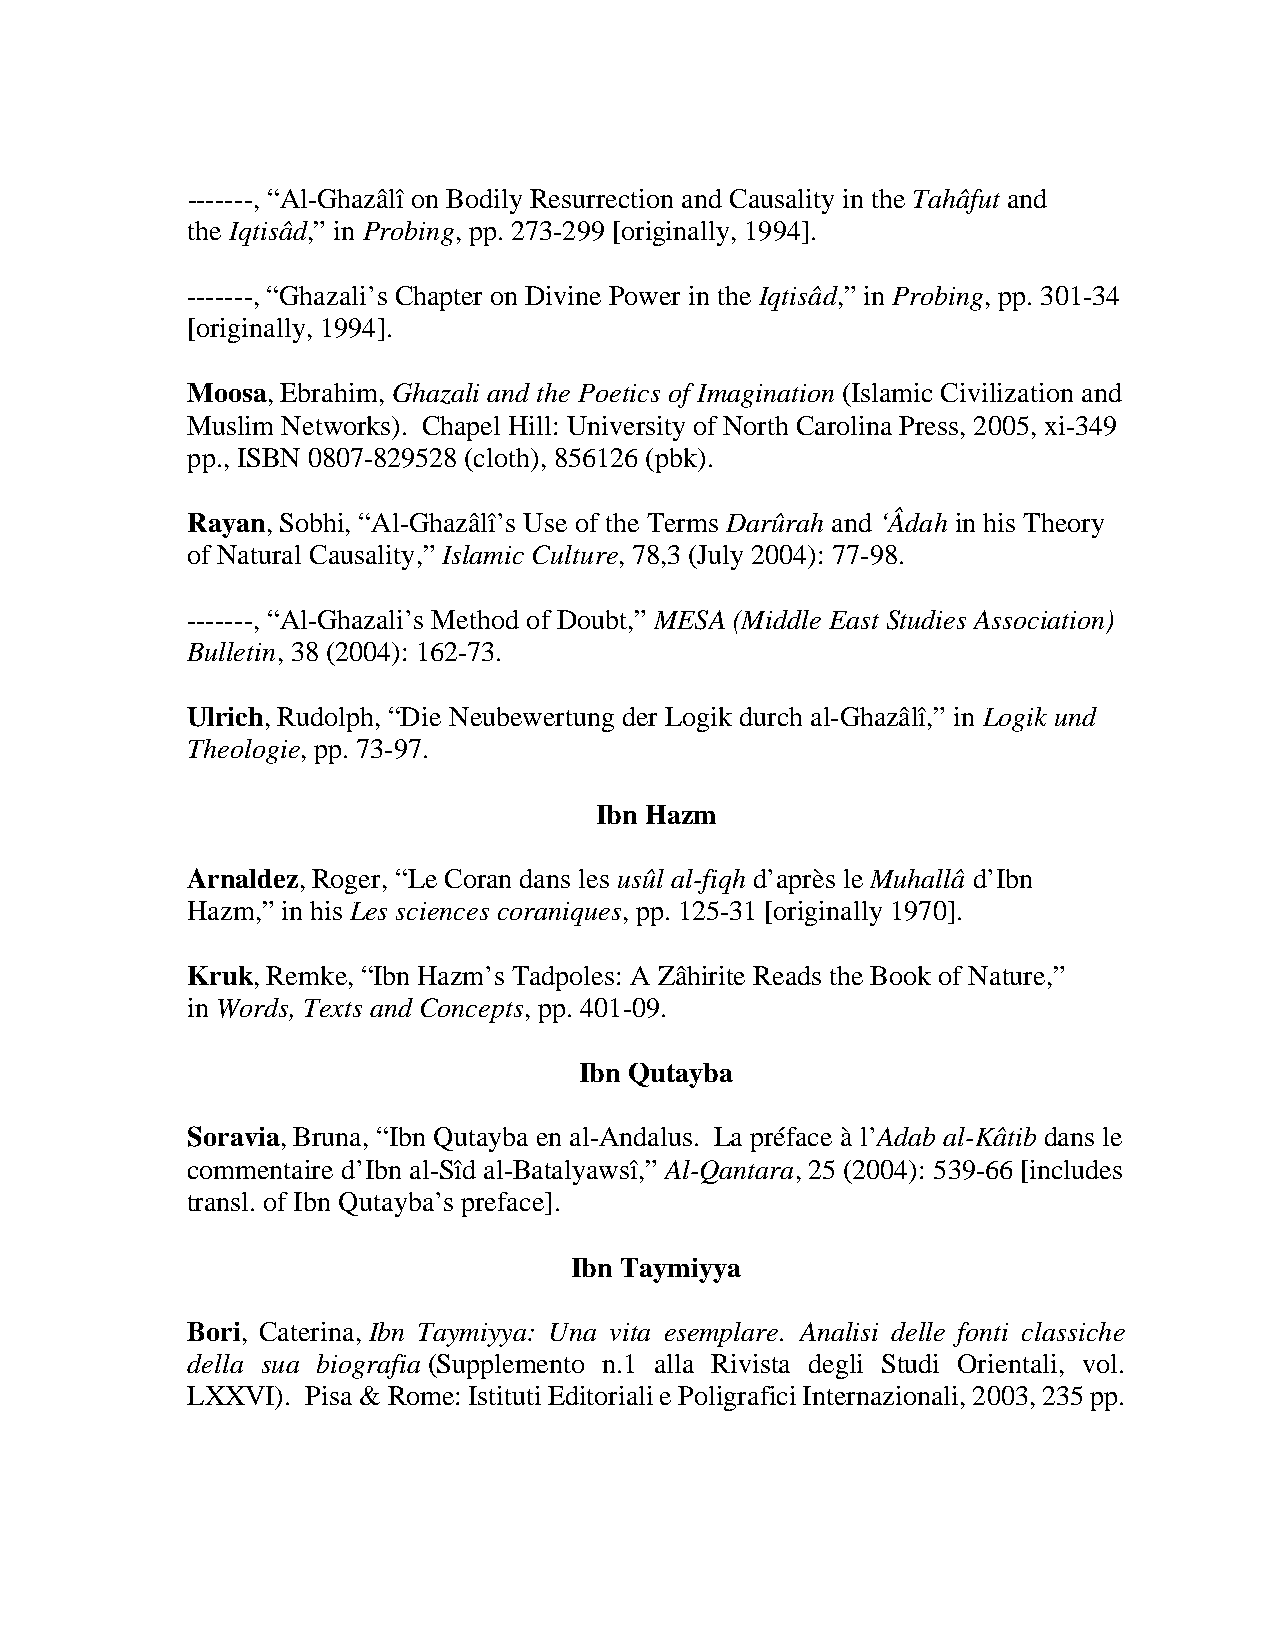
-------, “Al-Ghazâlî on Bodily Resurrection and Causality in the Tahâfut and
 the Iqtisâd,” in Probing, pp. 273-299 [originally, 1994].
 -------, “Ghazali’s Chapter on Divine Power in the Iqtisâd,” in Probing, pp. 301-34
 [originally, 1994].
 Moosa, Ebrahim, Ghazali and the Poetics of Imagination (Islamic Civilization and
 Muslim Networks). Chapel Hill: University of North Carolina Press, 2005, xi-349
 pp., ISBN 0807-829528 (cloth), 856126 (pbk).
 Rayan, Sobhi, “Al-Ghazâlî’s Use of the Terms Darûrah and ‘Âdah in his Theory
 of Natural Causality,” Islamic Culture, 78,3 (July 2004): 77-98.
 -------, “Al-Ghazali’s Method of Doubt,” MESA (Middle East Studies Association)
 Bulletin, 38 (2004): 162-73.
 Ulrich, Rudolph, “Die Neubewertung der Logik durch al-Ghazâlî,” in Logik und
 Theologie, pp. 73-97.
 Ibn Hazm
 Arnaldez, Roger, “Le Coran dans les usûl al-fiqh d’après le Muhallâ d’Ibn
 Hazm,” in his Les sciences coraniques, pp. 125-31 [originally 1970].
 Kruk, Remke, “Ibn Hazm’s Tadpoles: A Zâhirite Reads the Book of Nature,”
 in Words, Texts and Concepts, pp. 401-09.
 Ibn Qutayba
 Soravia, Bruna, “Ibn Qutayba en al-Andalus. La préface à l’Adab al-Kâtib dans le
 commentaire d’Ibn al-Sîd al-Batalyawsî,” Al-Qantara, 25 (2004): 539-66 [includes
 transl. of Ibn Qutayba’s preface].
 Ibn Taymiyya
 Bori, Caterina, Ibn Taymiyya: Una vita esemplare. Analisi delle fonti classiche
 della sua biografia (Supplemento n.1 alla Rivista degli Studi Orientali, vol.
 LXXVI). Pisa & Rome: Istituti Editoriali e Poligrafici Internazionali, 2003, 235 pp.